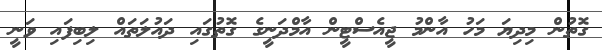
ގޮތުން މިދިޔަ މަހު އާންމު ޖީއެސްޓީން އާމްދަނީގެ ގޮތުގައި ދައުލަތައް ލިބިފައި ވަނީ